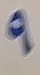
9